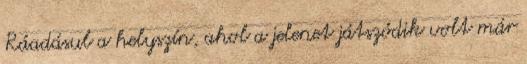
Ráadásul a helyszín, ahol a jelenet játszódik volt már